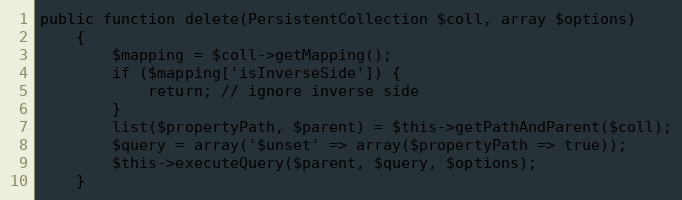
Language: PHP
public function delete(PersistentCollection $coll, array $options)
    {
        $mapping = $coll->getMapping();
        if ($mapping['isInverseSide']) {
            return; // ignore inverse side
        }
        list($propertyPath, $parent) = $this->getPathAndParent($coll);
        $query = array('$unset' => array($propertyPath => true));
        $this->executeQuery($parent, $query, $options);
    }